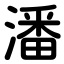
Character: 潘